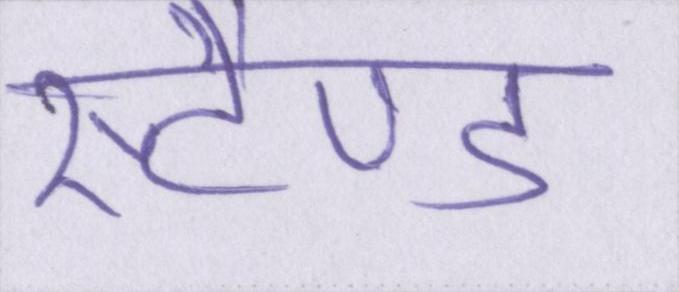
स्टैण्ड